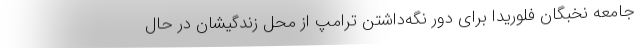
جامعه نخبگان فلوریدا برای دور نگه‌داشتن ترامپ از محل زندگیشان در حال